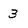
Character: 3